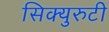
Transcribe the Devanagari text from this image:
सिक्युरुटी